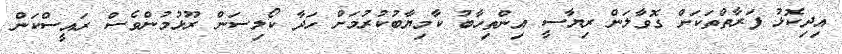
އިދިކޮޅު ފަރާތްތަކަށް ގޮވާލަން ރިޔާސީ އިންތިހާބު ކާމިޔާބުކުރުމަށް ހަދާ ކޯލިސަން ރޫޅުމުންވެސް ރައީސްކަން